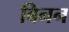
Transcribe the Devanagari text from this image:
बिनन